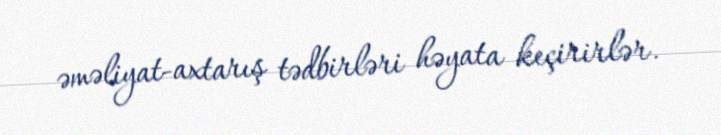
əməliyat-axtarış tədbirləri həyata keçirirlər.